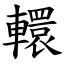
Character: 轘